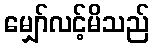
မျှော်လင့်မိသည်